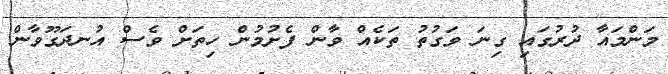
މަންމައާ ދުރުގައި ގިނަ ވަގުތު ތަކެއް ވާން ފެށުމުން ހިތަށް ވެސް އުނދަގޫވާން